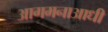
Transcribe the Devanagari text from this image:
आगमनाआधी